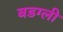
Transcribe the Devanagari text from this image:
बडग्ली